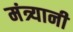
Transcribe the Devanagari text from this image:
मंत्र्यानी